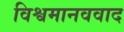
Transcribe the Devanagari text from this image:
विश्वमानववाद